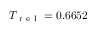
T _ { \mathrm { ~ r ~ e ~ l ~ } } = 0 . 6 6 5 2